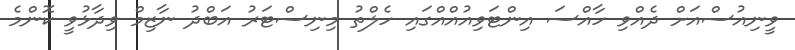
ވީނިއުސްއަށް ދެއްވި ހާއްސަ އިންޓަވިއުއްއްގައި ހެލްތު މިނިސްޓަރު އަބްދު ނާޒިމް ވިދާޅުވީ ކޮންމެ